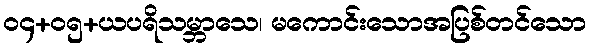
၀၄+၀၅+ယပရိသမ္ဘာသေ၊ မကောင်းသောအပြစ်တင်သော